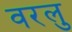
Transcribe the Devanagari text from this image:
वरलु